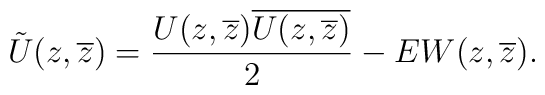
\tilde{U}(z,\overline{z})=\frac{U(z,\overline{z})\overline{U(z,\overline{z})}}{2}-EW(z,\overline{z}).